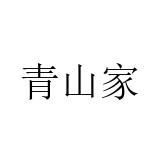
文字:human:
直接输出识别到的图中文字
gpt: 青山家